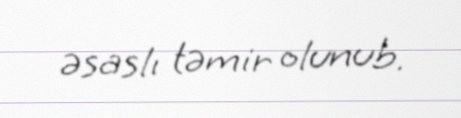
əsaslı təmir olunub.